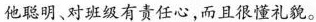
他聪明、对班级有责任心，而且很懂礼貌。